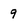
Character: 9